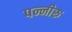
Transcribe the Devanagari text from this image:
पन्नीरु